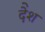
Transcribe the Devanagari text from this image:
देेश